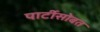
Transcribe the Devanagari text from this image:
पार्टीसोबत